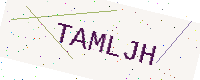
Text: TAMLJH